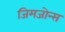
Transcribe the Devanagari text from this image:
जिमजोन्स